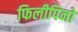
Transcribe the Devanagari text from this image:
फिलीपिनो